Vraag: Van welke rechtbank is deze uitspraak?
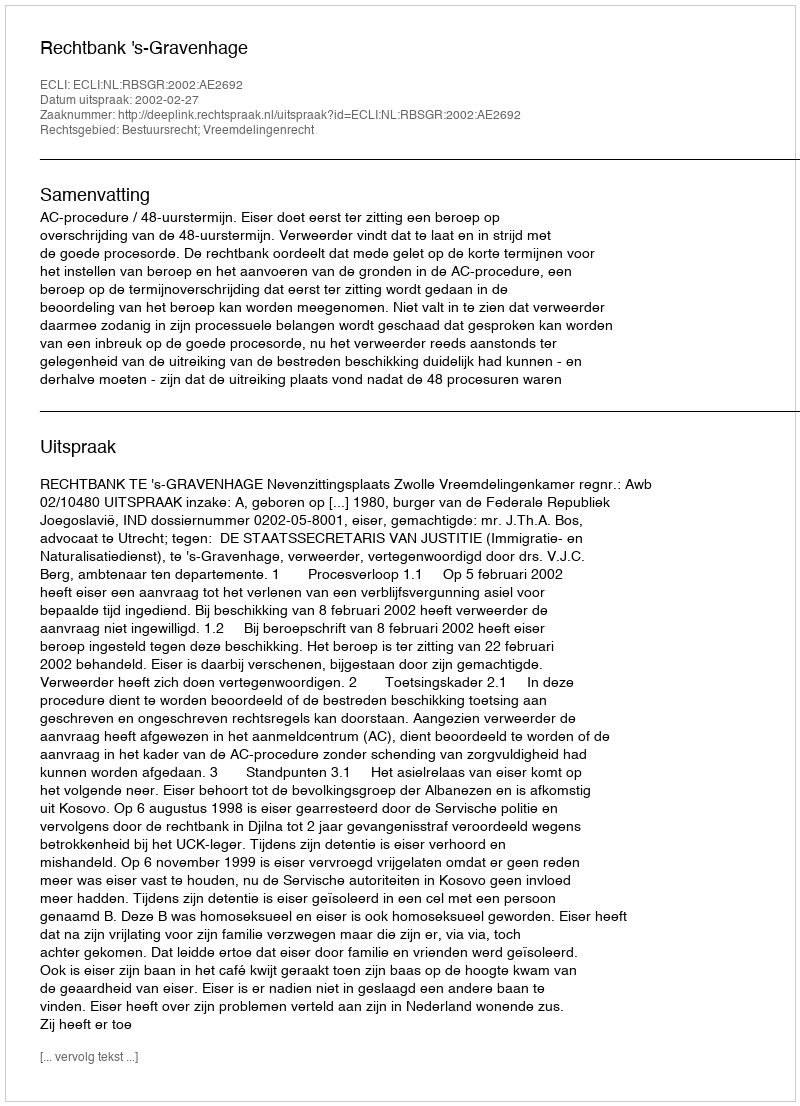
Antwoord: Rechtbank 's-Gravenhage